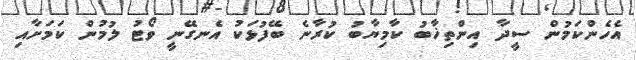
އެހެންކަމުން ސީދާ އިންތިޚާބު ކާމިޔާބު ކުރާނެ ބޭފުޅަކު އެނގޭނީ ވޯޓު ލުމުން ކަމަށާއި